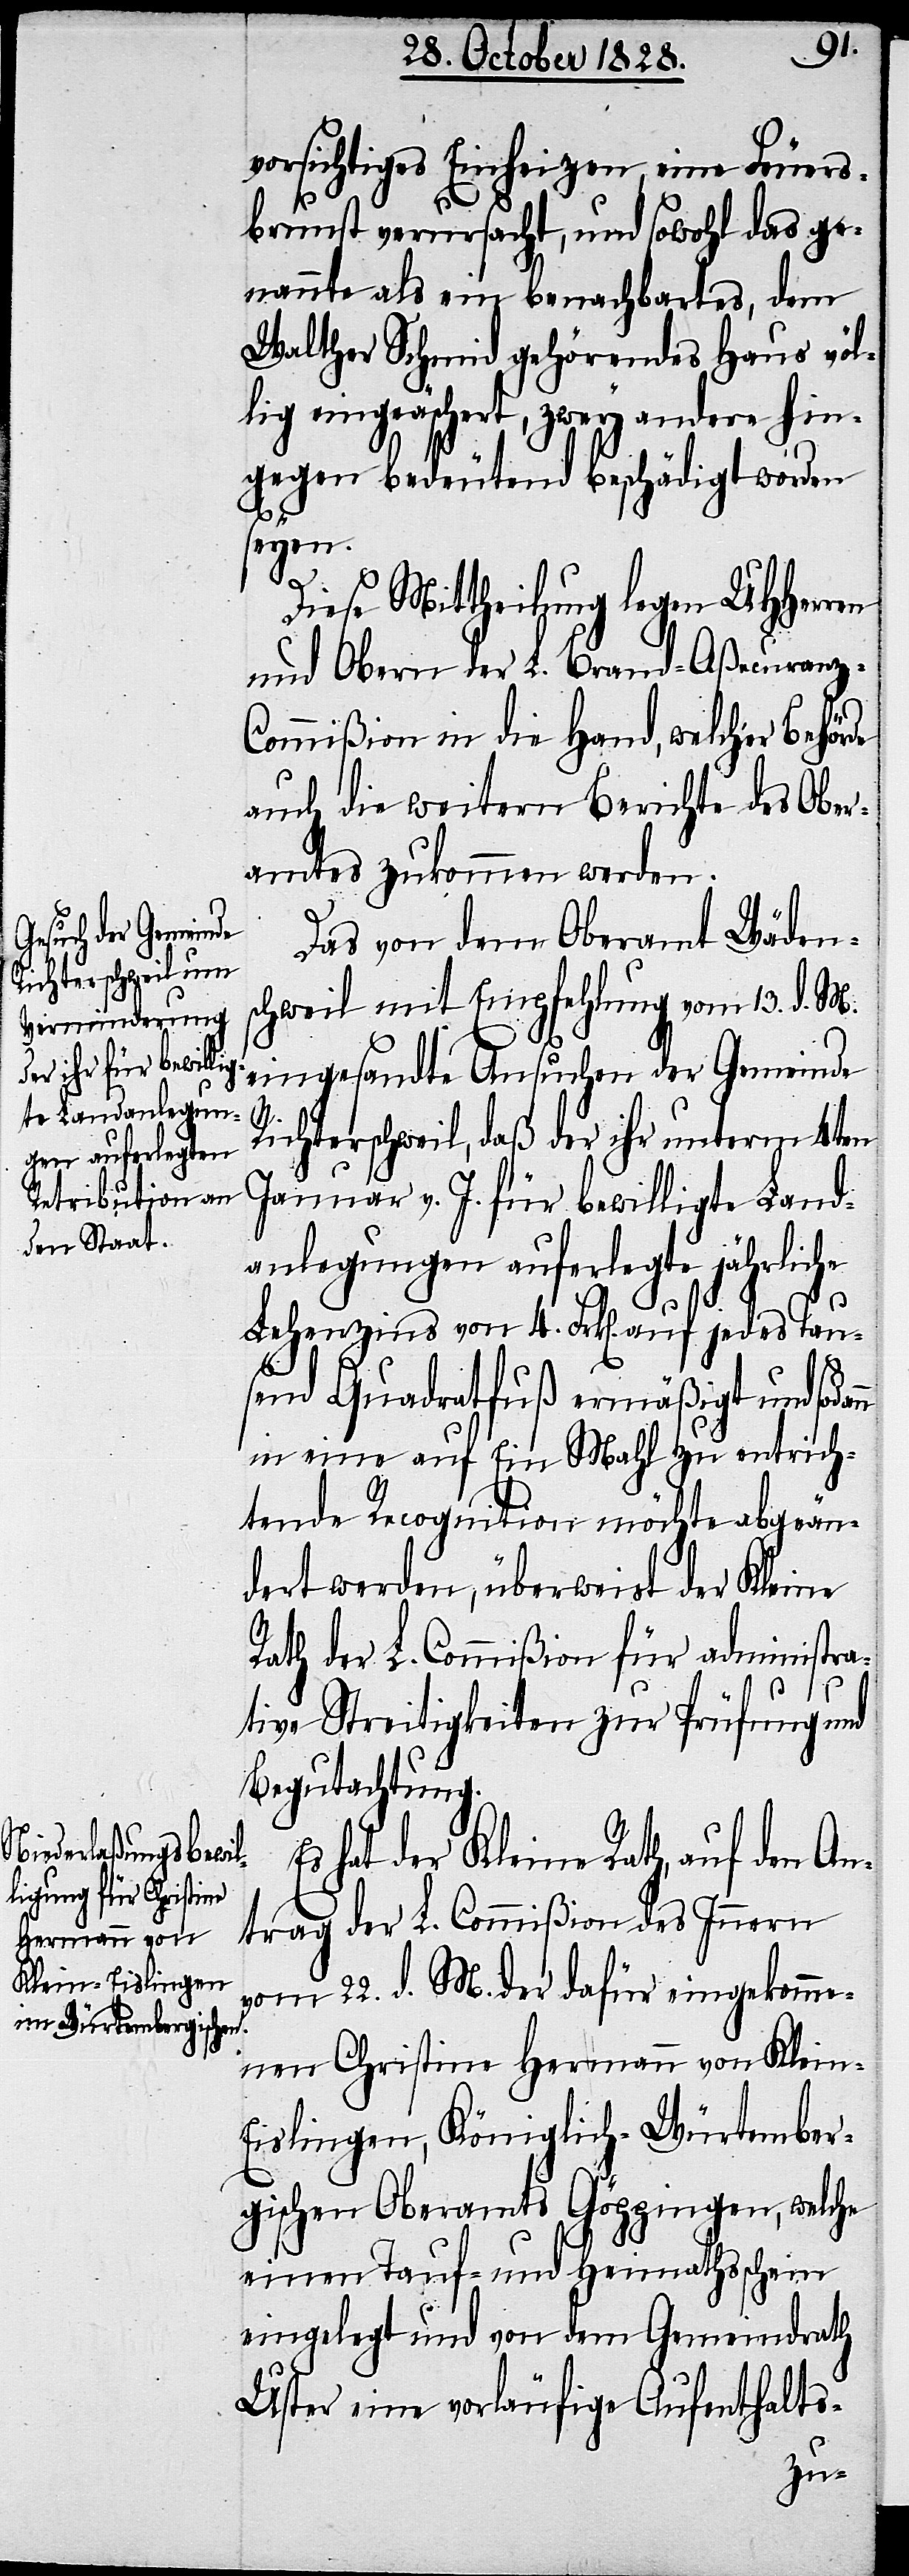
vorsichtiges Einheizen, eine Feuers¬
brunst verursacht, und sowohl das ge¬
nannte als ein benachbartes, dem
Walther Schmid gehörendes Haus völ¬
lig eingeäschert, zwey andere hin¬
gegen bedeutend beschädigt worden
seyen.
Diese Mittheilung legen UHHerren
und Obern der L. Brand-Aßecuranz-C¬
ommißion in die Hand, welcher Behörde
auch die weitern Berichte des Ober¬
amtes zukommen werden.
Das von dem Oberamt Wäden¬
schweil mit Empfehlung vom 13. d. M.
eingesandte Ansuchen der Gemeinde
n
Richterschweil, daß der ihr unterm 4ten
Januar v. J. für bewilligte Land¬
anlegung auferlegte jährliche
Lehenzins von 4. Frk[en]. auf jedes Tau¬
send Quadratfuß ermäßigt und sodan¬
in eine auf Ein Mahl zu entrich¬
tende Recognition möchte abgeän¬
dert werden, überweist der Kleine
Rath der L. Commißion für Administra¬
tive Streitigkeiten zur Prüfung und
Begutachtung.
Es hat der Kleine Rath, auf den An¬
trag der L. Commißion des Innern
vom 22. d. M. der dafür eingekomme¬
nen Christine Hermann von Klein-E¬
islingen, Königlich-Würtember¬
gischen Oberamts Göppingen, welche
einen Tauf- und Heimathsschein
eingelegt und von dem Gemeindrath
Uster eine vorläufige Aufenthalts-